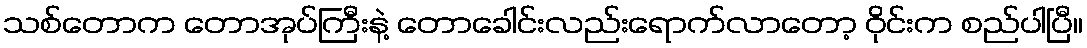
သစ်တောက တောအုပ်ကြီးနဲ့ တောခေါင်းလည်းရောက်လာတော့ ဝိုင်းက စည်ပါပြီ။